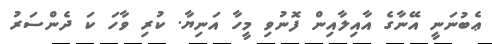
ޢެބުނަނީ އޭނާގެ އާއިލާއިން ފޮނުވި މީހާ އަނިޔާ. ކުރި ވާހަ ކަ ދެންސަރު